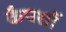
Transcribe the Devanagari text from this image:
कैपशॉ